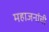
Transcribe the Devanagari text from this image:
महाजनांची